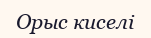
Орыс киселі